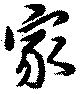
家